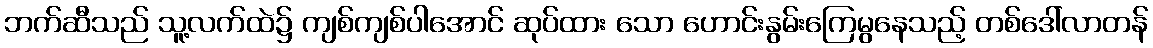
ဘက်ဆီသည် သူ့လက်ထဲ၌ ကျစ်ကျစ်ပါအောင် ဆုပ်ထား သော ဟောင်းနွမ်းကြေမွနေသည့် တစ်ဒေါ်လာတန်